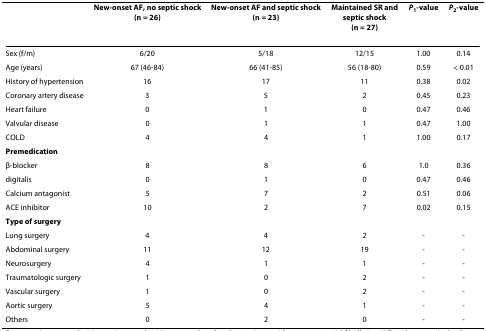
<table><thead><tr><td>[EMPTY_CELL]</td><td><b>New-onset AF, no septic shock(n = 26)</b></td><td><b>New-onset AF and septic shock(n = 23)</b></td><td><b>Maintained SR and septic shock(n = 27)</b></td><td><b><i>P</i><sub>1</sub>-value</b></td><td><b><i>P</i><sub>2</sub>-value</b></td></tr></thead><tbody><tr><td>Sex (f/m)</td><td>6/20</td><td>5/18</td><td>12/15</td><td>1.00</td><td>0.14</td></tr><tr><td>Age (years)</td><td>67 (46-84)</td><td>66 (41-85)</td><td>56 (18-80)</td><td>0.59</td><td>&lt; 0.01</td></tr><tr><td>History of hypertension</td><td>16</td><td>17</td><td>11</td><td>0.38</td><td>0.02</td></tr><tr><td>Coronary artery disease</td><td>3</td><td>5</td><td>2</td><td>0.45</td><td>0.23</td></tr><tr><td>Heart failure</td><td>0</td><td>1</td><td>0</td><td>0.47</td><td>0.46</td></tr><tr><td>Valvular disease</td><td>0</td><td>1</td><td>1</td><td>0.47</td><td>1.00</td></tr><tr><td>COLD</td><td>4</td><td>4</td><td>1</td><td>1.00</td><td>0.17</td></tr><tr><td><b>Premedication</b></td><td>[EMPTY_CELL]</td><td>[EMPTY_CELL]</td><td>[EMPTY_CELL]</td><td>[EMPTY_CELL]</td><td>[EMPTY_CELL]</td></tr><tr><td>β-blocker</td><td>8</td><td>8</td><td>6</td><td>1.0</td><td>0.36</td></tr><tr><td>digitalis</td><td>0</td><td>1</td><td>0</td><td>0.47</td><td>0.46</td></tr><tr><td>Calcium antagonist</td><td>5</td><td>7</td><td>2</td><td>0.51</td><td>0.06</td></tr><tr><td>ACE inhibitor</td><td>10</td><td>2</td><td>7</td><td>0.02</td><td>0.15</td></tr><tr><td><b>Type of surgery</b></td><td>[EMPTY_CELL]</td><td>[EMPTY_CELL]</td><td>[EMPTY_CELL]</td><td>[EMPTY_CELL]</td><td>[EMPTY_CELL]</td></tr><tr><td>Lung surgery</td><td>4</td><td>4</td><td>2</td><td>-</td><td>-</td></tr><tr><td>Abdominal surgery</td><td>11</td><td>12</td><td>19</td><td>-</td><td>-</td></tr><tr><td>Neurosurgery</td><td>4</td><td>1</td><td>1</td><td>-</td><td>-</td></tr><tr><td>Traumatologic surgery</td><td>1</td><td>0</td><td>2</td><td>-</td><td>-</td></tr><tr><td>Vascular surgery</td><td>1</td><td>0</td><td>2</td><td>-</td><td>-</td></tr><tr><td>Aortic surgery</td><td>5</td><td>4</td><td>1</td><td>-</td><td>-</td></tr><tr><td>Others</td><td>0</td><td>2</td><td>0</td><td>-</td><td>-</td></tr></tbody></table>